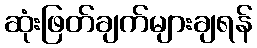
ဆုံးဖြတ်ချက်များချရန်